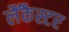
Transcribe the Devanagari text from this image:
लैंकैस्टर